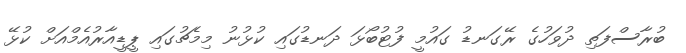
ބުރާސްފަތި ދުވަހުގެ ރޭގަނޑު ގައުމީ ފުޓުބޯޅަ ދަނޑުގައި ކުޅުނު މިމެޗުގައި ޕީޑީއާރުއެމްއަށް ކުޅޭ